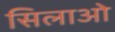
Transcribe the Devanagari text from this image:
सिलाओ